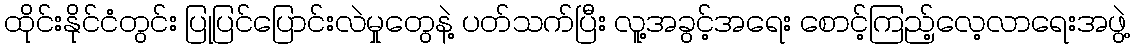
ထိုင်းနိုင်ငံတွင်း ပြုပြင်ပြောင်းလဲမှုတွေနဲ့ ပတ်သက်ပြီး လူ့အခွင့်အရေး စောင့်ကြည့်လေ့လာရေးအဖွဲ့